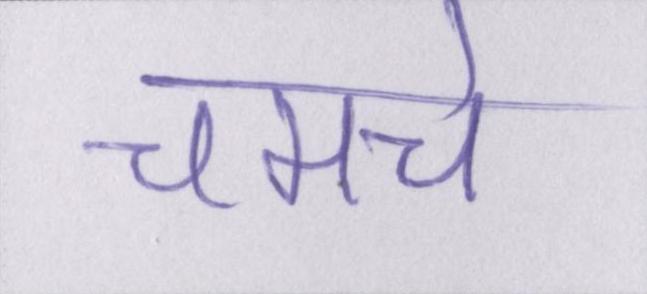
चमचे